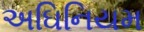
અઘિનિયમ